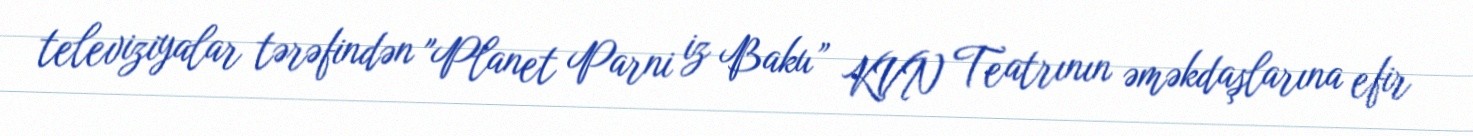
televiziyalar tərəfindən "Planet Parni iz Baku” KVN Teatrının əməkdaşlarına efir